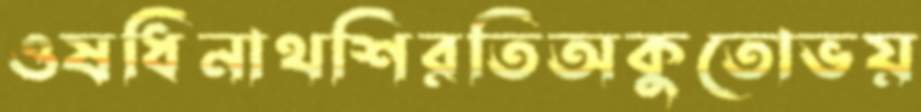
ওষধিনাথশিরতিঅকুতোভয়